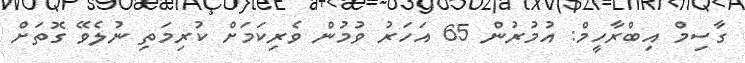
ގާސިމް އިބްރާހީމް: އުމުރުން 65 އަހަރު ވުމުން ވެރިކަމަށް ކުރިމަތި ނުލެވޭ ގޮތަށް